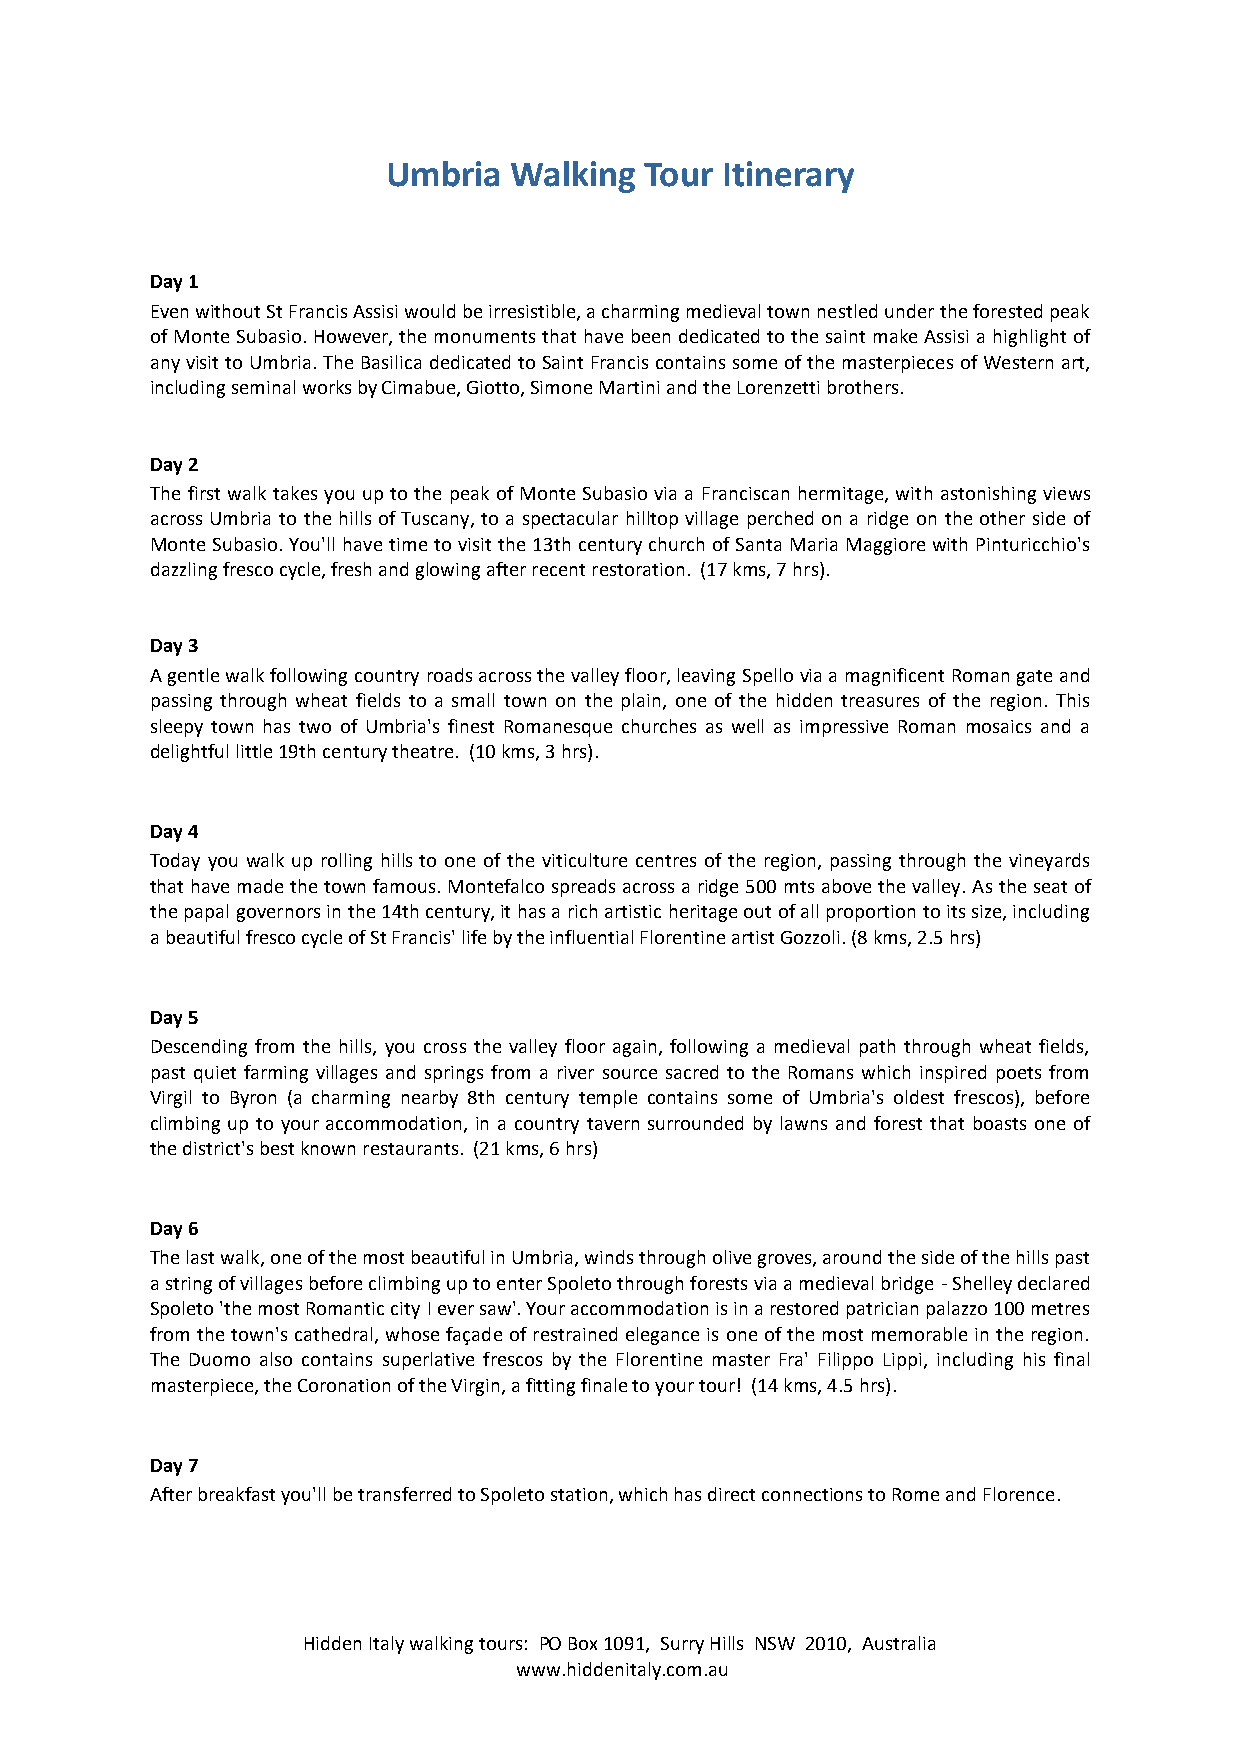
Umbria  Walking  Tour Itinerary
 Day 1
 Even without St Francis Assisi would be irresistible, a charming medieval town nestled under the forested peak
 of Monte Subasio. However, the monuments that have been dedicated to the saint make Assisi a highlight of
 any visit to Umbria. The Basilica dedicated to Saint Francis contains some of the masterpieces of Western art,
 including seminal works by Cimabue, Giotto, Simone Martini and the Lorenzetti brothers.
 Day 2
 The first walk takes you up to the peak of Monte Subasio via a Franciscan hermitage, with astonishing views
 across Umbria to the hills of Tuscany, to a spectacular hilltop village perched on a ridge on the other side of
 Monte Subasio. You'll have time to visit the 13th century church of Santa Maria Maggiore with Pinturicchio's
 dazzling fresco cycle, fresh and glowing after recent restoration. (17 kms, 7 hrs).
 Day 3
 A gentle walk following country roads across the valley floor, leaving Spello via a magnificent Roman gate and
 passing through wheat fields to a small town on the plain, one of the hidden treasures of the region. This
 sleepy town has two of Umbria's finest Romanesque churches as well as impressive Roman mosaics and a
 delightful little 19th century theatre. (10 kms, 3 hrs).
 Day 4
 Today you walk up rolling hills to one of the viticulture centres of the region, passing through the vineyards
 that have made the town famous. Montefalco spreads across a ridge 500 mts above the valley. As the seat of
 the papal governors in the 14th century, it has a rich artistic heritage out of all proportion to its size, including
 a beautiful fresco cycle of St Francis' life by the influential Florentine artist Gozzoli. (8 kms, 2.5 hrs)
 Day 5
 Descending from the hills, you cross the valley floor again, following a medieval path through wheat fields,
 past quiet farming villages and springs from a river source sacred to the Romans which inspired poets from
 Virgil to Byron (a charming nearby 8th century temple contains some of Umbria's oldest frescos), before
 climbing up to your accommodation, in a country tavern surrounded by lawns and forest that boasts one of
 the district's best known restaurants. (21 kms, 6 hrs)
 Day 6
 The last walk, one of the most beautiful in Umbria, winds through olive groves, around the side of the hills past
 a string of villages before climbing up to enter Spoleto through forests via a medieval bridge - Shelley declared
 Spoleto 'the most Romantic city I ever saw'. Your accommodation is in a restored patrician palazzo 100 metres
 from the town's cathedral, whose façade of restrained elegance is one of the most memorable in the region.
 The Duomo also contains superlative frescos by the Florentine master Fra' Filippo Lippi, including his final
 masterpiece, the Coronation of the Virgin, a fitting finale to your tour! (14 kms, 4.5 hrs).
 Day 7
 After breakfast you'll be transferred to Spoleto station, which has direct connections to Rome and Florence.
 Hidden Italy walking tours: PO Box 1091, Surry Hills NSW 2010, Australia
 www.hiddenitaly.com.au